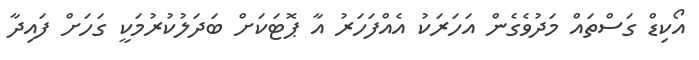
އޯކިޑް ގަސްތައް މަދުވެގެން އަހަރަކު އެއްފަހަރު އާ ޕޮޓަކަށް ބަދަލުކުރުމަކީ ގަހަށް ފައިދާ